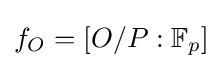
f_{O}=[O/P:\mathbb {F} _{p}]